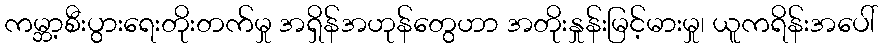
ကမ္ဘာ့စီးပွားရေးတိုးတက်မှု အရှိန်အဟုန်တွေဟာ အတိုးနှုန်းမြင့်မားမှု၊ ယူကရိန်းအပေါ်